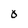
Character: O